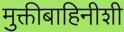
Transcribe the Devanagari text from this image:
मुक्तीबाहिनीशी